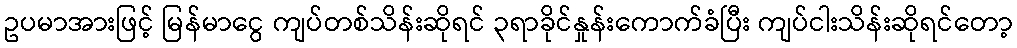
ဥပမာအားဖြင့် မြန်မာငွေ ကျပ်တစ်သိန်းဆိုရင် ၃ရာခိုင်နှုန်းကောက်ခံပြီး ကျပ်ငါးသိန်းဆိုရင်တော့